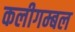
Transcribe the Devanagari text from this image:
कलीगम्बल